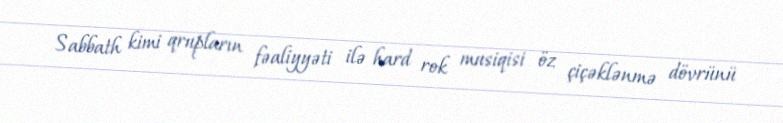
Sabbath kimi qrupların fəaliyyəti ilə hard rok musiqisi öz çiçəklənmə dövrünü